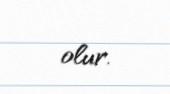
olur.